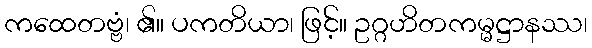
ကထေတဗ္ဗံ၊ ၏။ ပကတိယာ၊ ဖြင့်။ ဥဂ္ဂဟိတကမ္မဋ္ဌာနဿ၊